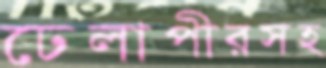
ঢেলাপীরসহ